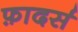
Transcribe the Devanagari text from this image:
फ़ादर्स